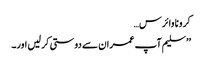
کرونا وائرس…
’’ سلیم آپ عمران سے دوستی کر لیں اور۔